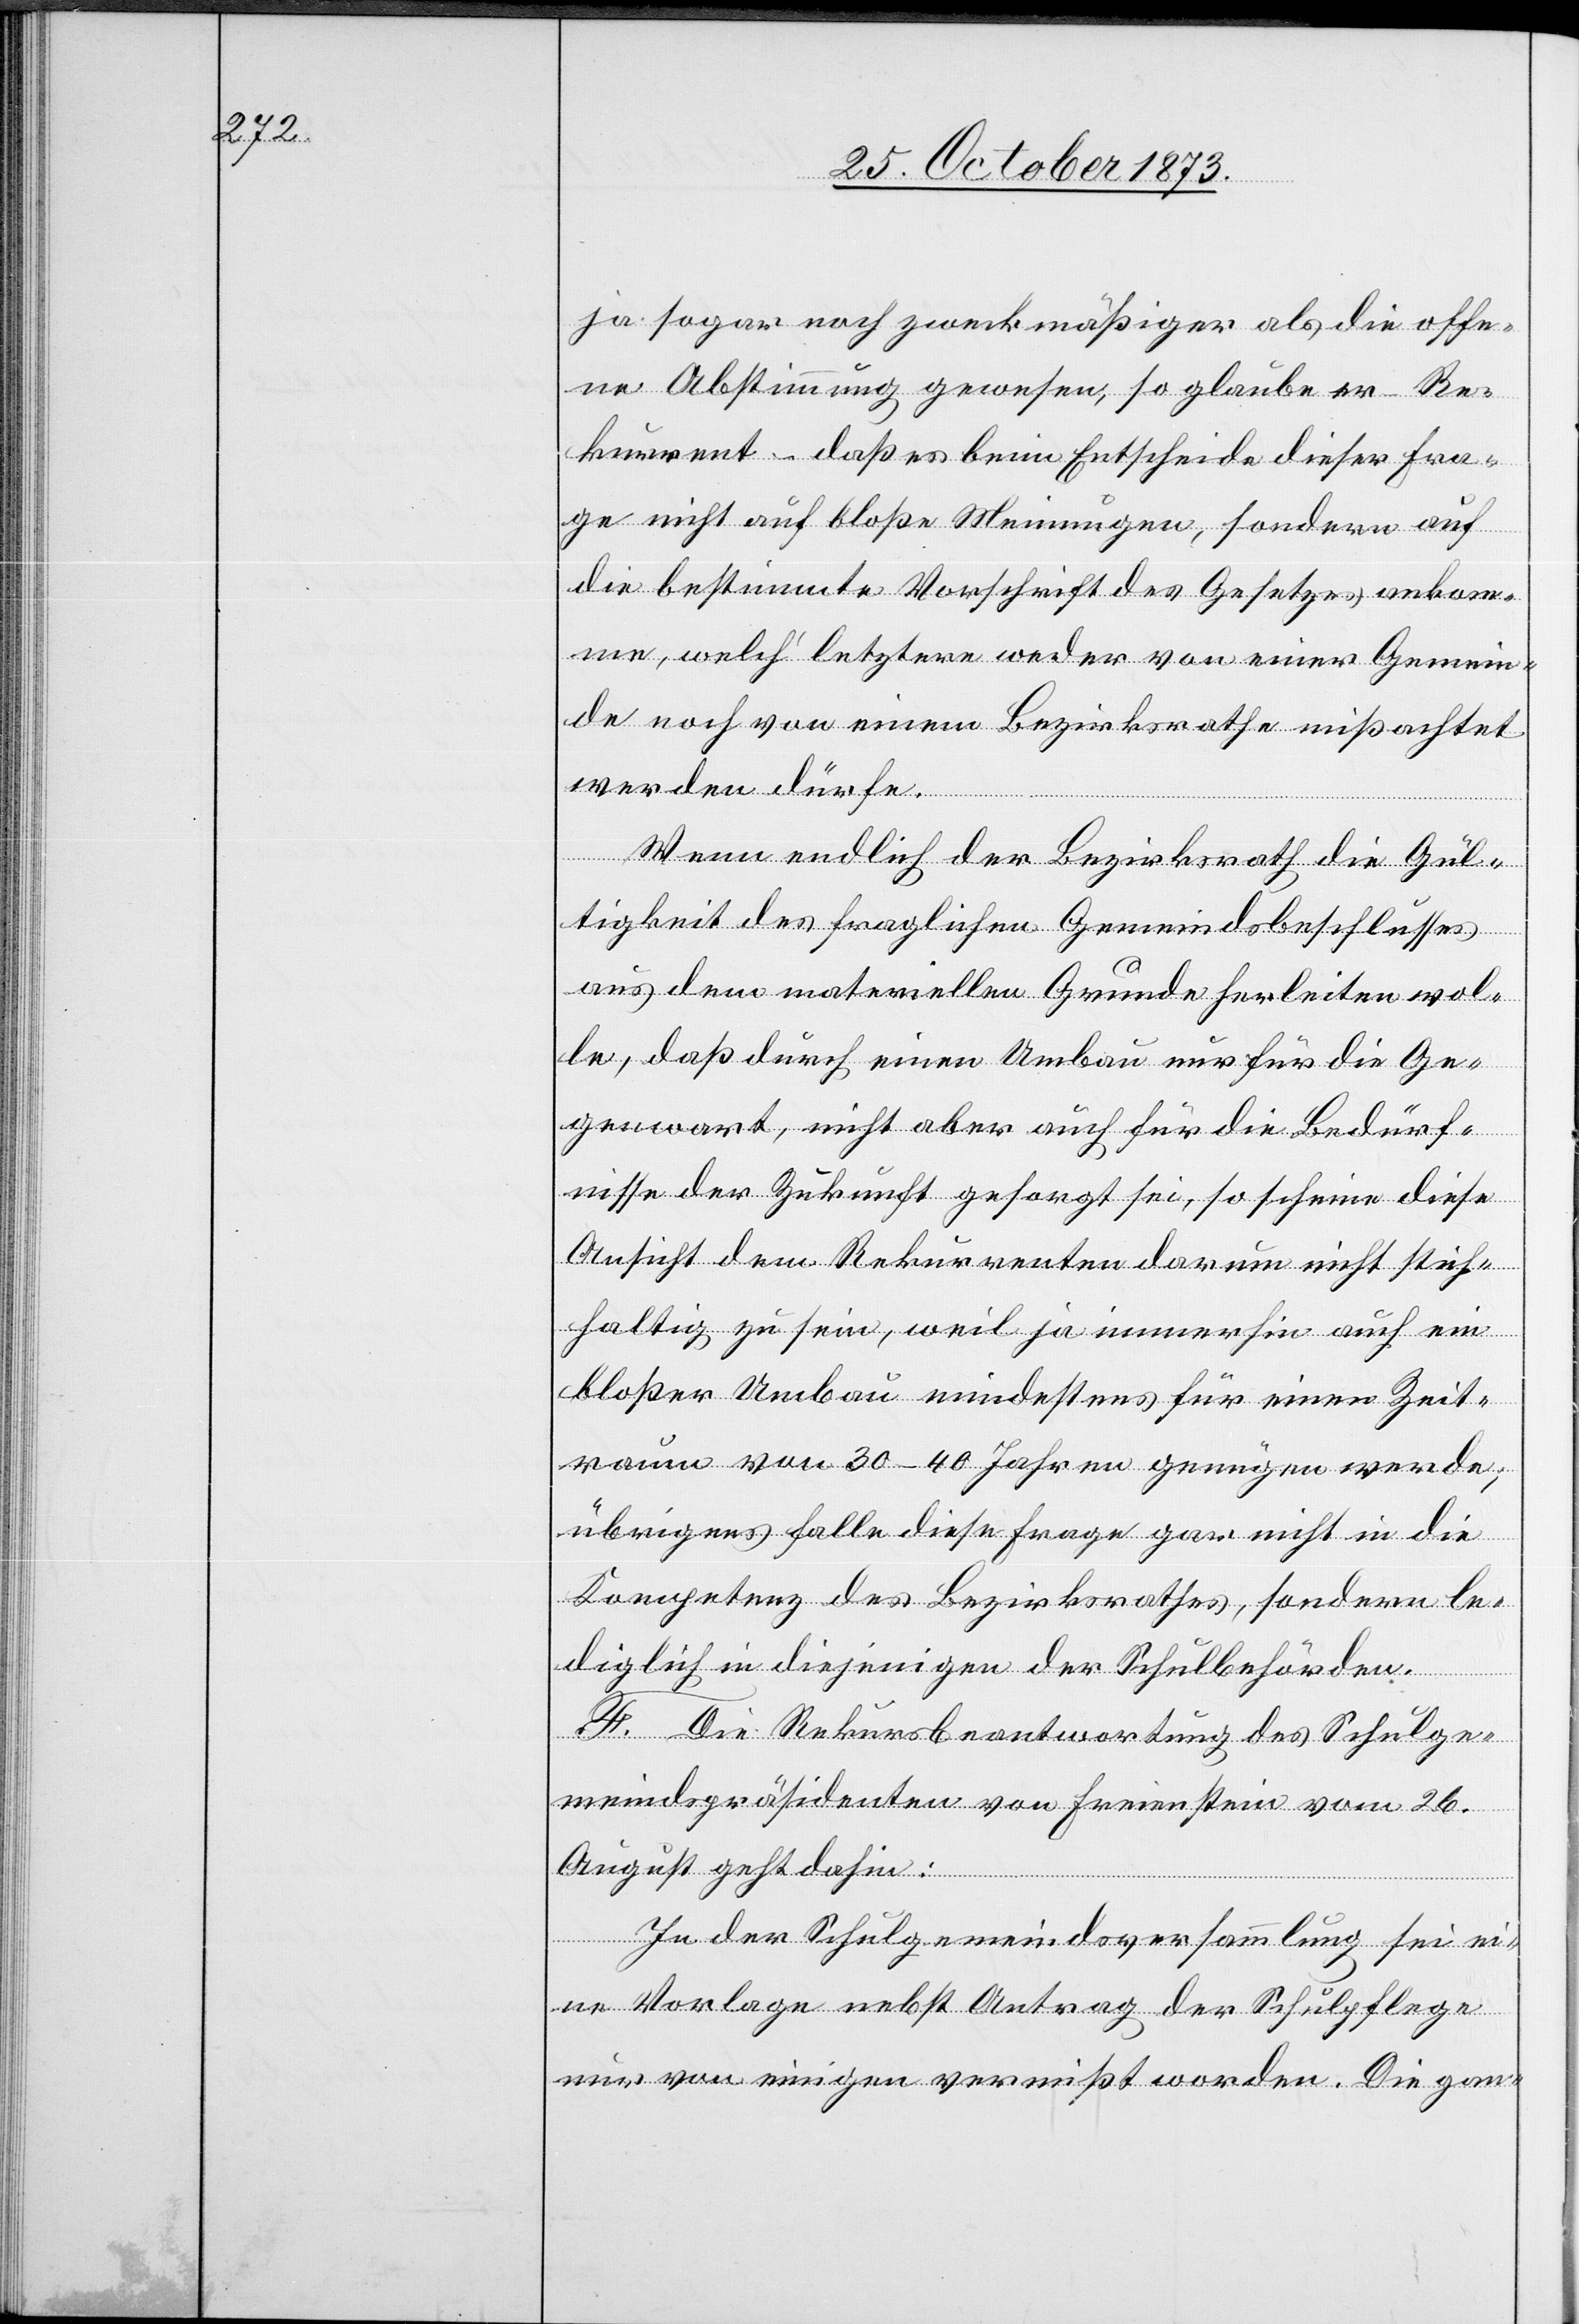
ja sogar noch zweckmäßiger als die offe¬
ne Abstimmung gewesen, so glaube er – Re¬
kurrent – daß es beim Entscheide dieser Fra¬
ge nicht auf bloße Meinungen, sondern auf
die bestimmte Vorschrift des Gesetzes ankom¬
me, welch’ letztere weder von einer Gemein¬
de noch von einem Bezirksrathe mißachtet
werden dürfe.
Wenn endlich der Bezirksrath die Gül¬
tigkeit des fraglichen Gemeindsbeschlusses
aus dem materiellen Grunde herleiten wol¬
le, daß durch einen Umbau nur für die Ge¬
genwart, nicht aber auch für die Bedürf¬
nisse der Zukunft gesorgt sei, so scheine diese
Ansicht dem Rekurrenten darum nicht stich¬
haltig zu sein, weil ja immerhin auch ein
bloßer Umbau mindestens für einen Zeit¬
raum von 30–40 Jahren genügen werde;
übrigens falle diese Frage gar nicht in die
Kompetenz des Bezirksrathes, sondern le¬
diglich in diejenigen der Schulbehörden.
F. Die Rekursbeantwortung des Schulge¬
meindspräsidenten von Freienstein vom 26.
August geht dahin:
In der Schulgemeindsversammlung sei ei¬
ne Vorlage nebst Antrag der Schulpflege
nur von einigen vermißt worden. Die gan-